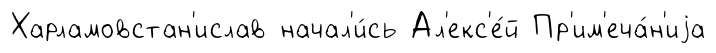
Харламовстан'ислав начал'и́сь Ал'екс'е́й Пр'им'еча́н'иjа